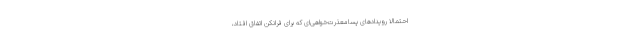
احتمالاً رویدادهای پسامعذرت‌خواهی‌ای که برای فرانکن اتفاق افتاد،